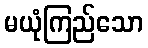
မယုံကြည်သော